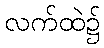
လက်ထဲ၌